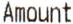
AMOUNT